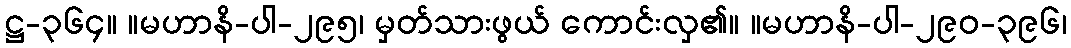
ဋ္ဌ-၃၆၄။ ။မဟာနိ-ပါ-၂၉၅၊ မှတ်သားဖွယ် ကောင်းလှ၏။ ။မဟာနိ-ပါ-၂၉၀-၃၉၆၊